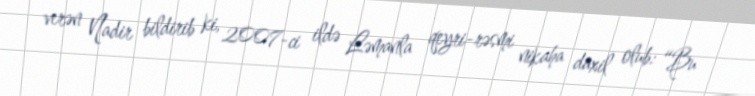
verən Nadir bildirib ki, 2007-ci ildə Ləmanla qeyri-rəsmi nikaha daxil olub: “Bu